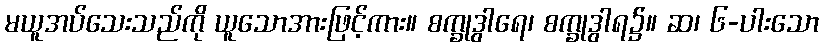
မယူအပ်သေးသည်ကို ယူသောအားဖြင့်ကား။ စက္ခုဒွါရေ၊ စက္ခုဒွါရ၌။ ဆ၊ ၆-ပါးသော